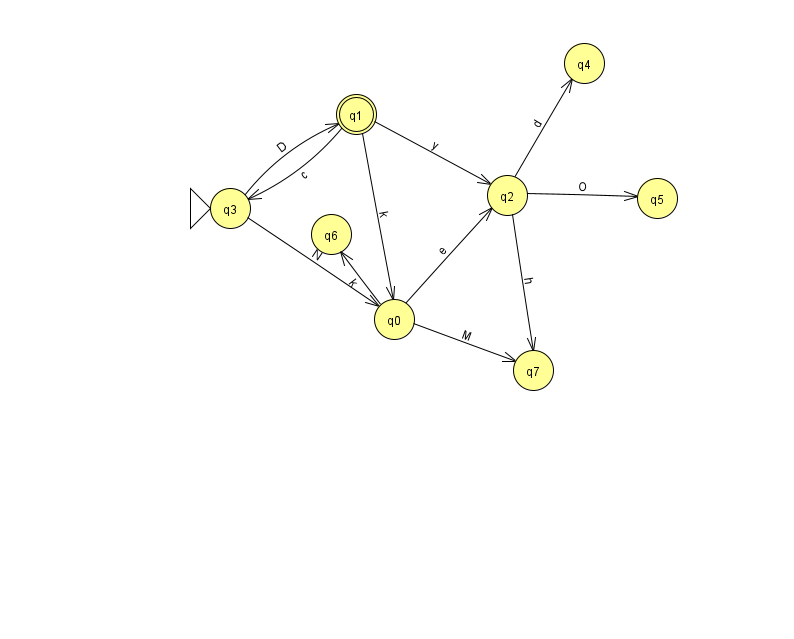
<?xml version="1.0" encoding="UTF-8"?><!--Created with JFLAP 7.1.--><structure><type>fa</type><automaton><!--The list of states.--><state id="0" name="q0"><x>394.0</x><y>306.0</y></state><state id="1" name="q1"><x>356.0</x><y>101.0</y><final/></state><state id="2" name="q2"><x>507.0</x><y>182.0</y></state><state id="3" name="q3"><x>230.0</x><y>195.0</y><initial/></state><state id="4" name="q4"><x>584.0</x><y>50.0</y></state><state id="5" name="q5"><x>657.0</x><y>185.0</y></state><state id="6" name="q6"><x>331.0</x><y>221.0</y></state><state id="7" name="q7"><x>533.0</x><y>357.0</y></state><!--The list of transitions.--><transition><from>0</from><to>7</to><read>M</read></transition><transition><from>1</from><to>0</to><read>k</read></transition><transition><from>1</from><to>3</to><read>c</read></transition><transition><from>3</from><to>1</to><read>D</read></transition><transition><from>3</from><to>0</to><read>N</read></transition><transition><from>0</from><to>2</to><read>e</read></transition><transition><from>2</from><to>5</to><read>O</read></transition><transition><from>2</from><to>7</to><read>h</read></transition><transition><from>0</from><to>6</to><read>k</read></transition><transition><from>2</from><to>4</to><read>d</read></transition><transition><from>1</from><to>2</to><read>y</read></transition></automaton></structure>